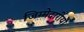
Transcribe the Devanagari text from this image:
जिम्मेदारीयो